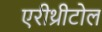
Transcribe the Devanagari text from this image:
एरीथ्रीटोल